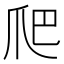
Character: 爬